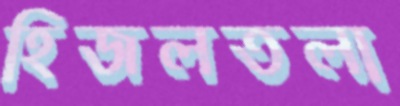
হিজলতলা